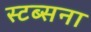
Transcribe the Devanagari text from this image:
स्टब्सना